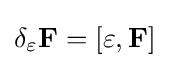
\delta _{\varepsilon }\mathbf {F} =[\varepsilon ,\mathbf {F} ]